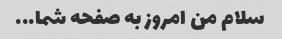
سلام من امروز به صفحه شما...